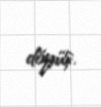
döyüş.